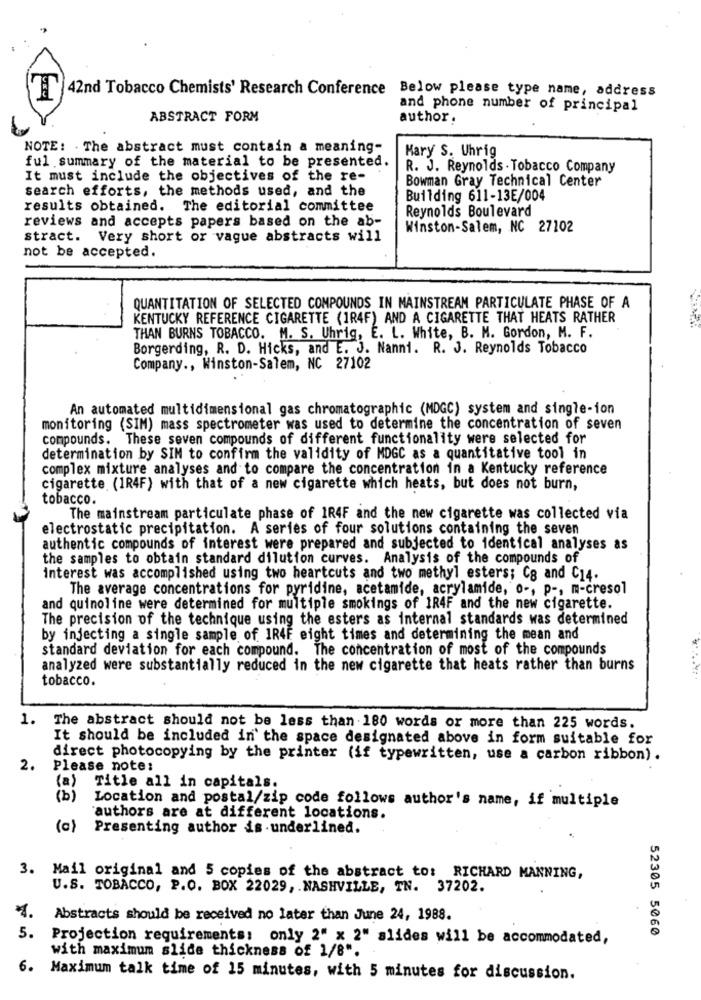
42nd Tobacco Chemists' Research Conference Below please type name, address
and phone number of principal
ABSTRACT FORM
author.
NOTE: . The abstract must contain a meaning-
Mary S. Uhrig
ful summary of the material to be presented.
R. J. Reynolds . Tobacco Company
It must include the objectives of the re-
Bowman Gray Technical Center
search efforts, the methods used, and the
Building 611-13E/004
results obtained.
The editorial committee
Reynolds Boulevard
reviews and accepts papers based on the ab-
Winston-Salem, NC 27102
stract.
Very short or vague abstracts will
not be accepted.
QUANTITATION OF SELECTED COMPOUNDS IN MAINSTREAM PARTICULATE PHASE OF A
KENTUCKY REFERENCE CIGARETTE (1R4F) AND A CIGARETTE THAT HEATS RATHER
THAN BURNS TOBACCO. M. S. Uhrig, E. L. White, B. M. Gordon, M. F.
Borgerding, R. D. Hicks, and E. J. Nanni. R. J. Reynolds Tobacco
Company ., Winston-Salem, NC 27102
An automated multidimensional gas chromatographic (MDGC) system and single-ion
monitoring (SIM) mass spectrometer was used to determine the concentration of seven
compounds. These seven compounds of different functionality were selected for
determination by SIM to confirm the validity of MDGC as a quantitative tool in
complex mixture analyses and to compare the concentration in a Kentucky reference
cigarette (1R4F) with that of a new cigarette which heats, but does not burn,
tobacco.
The mainstream particulate phase of 1R4F and the new cigarette was collected via
electrostatic precipitation. A series of four solutions containing the seven
authentic compounds of interest were prepared and subjected to identical analyses as
the samples to obtain standard dilution curves. Analysis of the compounds of
interest was accomplished using two heartcuts and two methyl esters; Co and C14.
The average concentrations for pyridine, acetamide, acrylamide, o -, p -, m-cresol
and quinoline were determined for multiple smokings of IR4F and the new cigarette.
The precision of the technique using the esters as internal standards was determined
by injecting a single sample of 1R4F eight times and determining the mean and
standard deviation for each compound. The concentration of most of the compounds
analyzed were substantially reduced in the new cigarette that heats rather than burns
tobacco.
1. The abstract should not be less than 180 words or more than 225 words.
It should be included in the space designated above in form suitable for
direct photocopying by the printer (if typewritten, use a carbon ribbon).
2.
Please note:
(a)
Title all in capitals.
(b)
Location and postal/zip code follows author's name, if multiple
authors are at different locations.
0
Presenting author is underlined.
3. Mail original and 5 copies of the abstract to: RICHARD MANNING,
U.S. TOBACCO, P.O. BOX 22029, . NASHVILLE, TN. 37202.
1.
Abstracts should be received no later than June 24, 1988.
52305 5060
5. Projection requirements: only 2" x 2" slides will be accommodated,
with maximum slide thickness of 1/8".
6. Maximum talk time of 15 minutes, with 5 minutes for discussion.